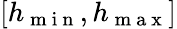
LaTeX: [h_{\mathrm{~m~i~n~}},h_{\mathrm{~m~a~x~}}]